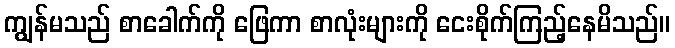
ကျွန်မသည် စာခေါက်ကို ဖြေကာ စာလုံးများကို ငေးစိုက်ကြည့်နေမိသည်။